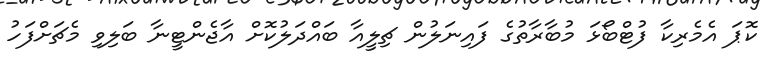
ކޮޕަ އެމެރިކާ ފުޓްބޯޅަ މުބާރާތުގެ ފައިނަލުން ޗިލީއާ ބައްދަލުކޮށް އާޖެންޓީނާ ބަލިވި މެޗަށްފަހު